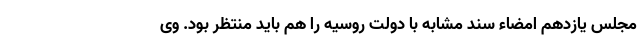
مجلس یازدهم امضاء سند مشابه با دولت روسیه را هم باید منتظر بود. وی